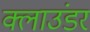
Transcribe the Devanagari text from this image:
क्लाउंडर